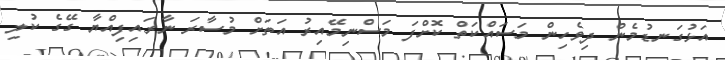
އަޅުގަނޑުމެން ދިވެހިން މަސައްކަތް ކޮށްފަ މަސްނިމޭއިރު އަތަށް މުސާރަ ނާރައިފިއްޔާ ގޭގެ ކުލި